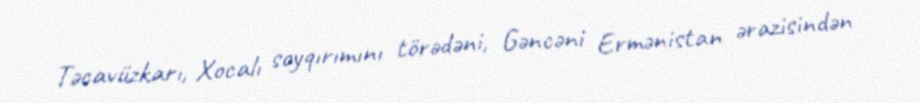
Təcavüzkarı, Xocalı soyqırımını törədəni, Gəncəni Ermənistan ərazisindən